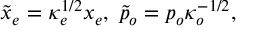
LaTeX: \tilde { x } _ { e } = \kappa _ { e } ^ { 1 / 2 } x _ { e } , \; \tilde { p } _ { o } = p _ { o } \kappa _ { o } ^ { - 1 / 2 } ,